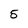
Character: 5